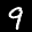
Label: 9